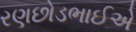
રણછોડભાઈએ